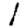
Digit: 1